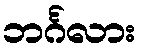
ဘင်္ဂလား